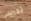
تدريبي